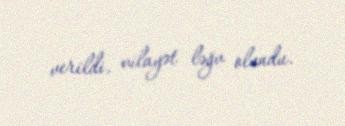
verildi, vilayət ləğv olundu.